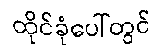
ထိုင်ခုံပေါ်တွင်